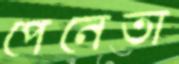
পেনেতা